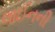
લાઈનની